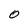
Character: O